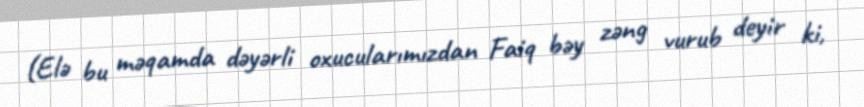
(Elə bu məqamda dəyərli oxucularımızdan Faiq bəy zəng vurub deyir ki,